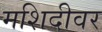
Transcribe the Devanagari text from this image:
मशिदीवर